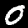
Digit: 0